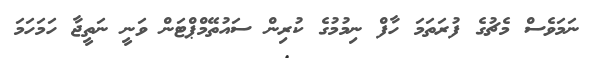
ނަމަވެސް މެޗުގެ ފުރަތަމަ ހާފް ނިމުމުގެ ކުރިން ސައުތޭމްޕްޓަން ވަނީ ނަތީޖާ ހަމަހަމަ